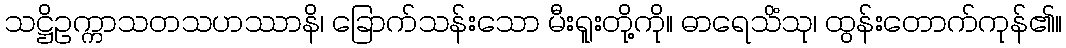
သဋ္ဌိဥက္ကာသတသဟဿာနိ၊ ခြောက်သန်းသော မီးရူးတို့ကို။ ဓာရေသိံသု၊ ထွန်းတောက်ကုန်၏။